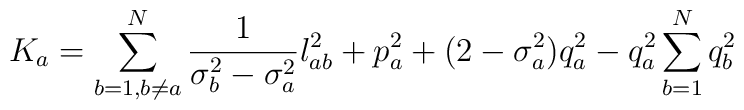
K_a=\sum_{b=1,b\neq a}^N \frac{1}{\sigma_b^2-\sigma_a^2}l_{ab}^2+p_a^2+(2-\sigma_a^2) q_a^2-q_a^2\sum_{b=1}^Nq_b^2